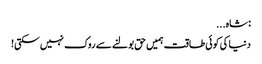
: شاہ...
دنیا کی کوئی طاقت ہمیں حق بولنے سے روک نہیں سکتی!